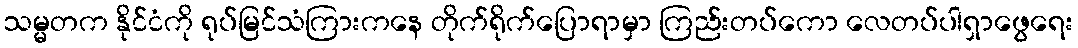
သမ္မတက နိုင်ငံကို ရုပ်မြင်သံကြားကနေ တိုက်ရိုက်ပြောရာမှာ ကြည်းတပ်ကော လေတပ်ပါရှာဖွေရေး